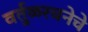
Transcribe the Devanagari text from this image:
वर्तुळरचनेचे